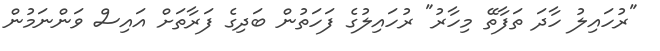
"ރުހައިލު ހާދަ ތަފާތޭ މިހާރު" ރުހައިލުގެ ފަހަތުން ބަދިގެ ފަރާތަށް އައިސް ވަންނަމުން